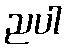
ညပါ